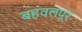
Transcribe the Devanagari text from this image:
बहवलपूर